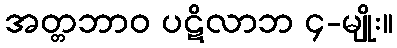
အတ္တဘာဝ ပဋိလာဘ ၄-မျိုး။